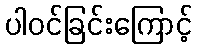
ပါဝင်ခြင်းကြောင့်